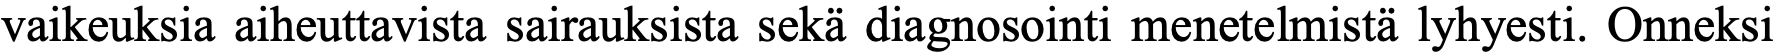
vaikeuksia aiheuttavista sairauksista sekä diagnosointi menetelmistä lyhyesti. Onneksi